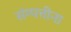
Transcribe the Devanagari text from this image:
संम्पत्तीना